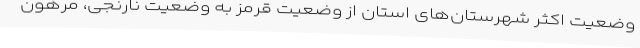
وضعیت اکثر شهرستان‌های استان از وضعیت قرمز به وضعیت نارنجی، مرهون